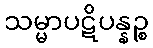
သမ္မာပဋိပန္နဉ္စ